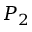
P _ { 2 }